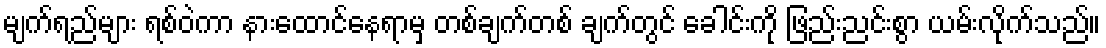
မျက်ရည်များ ရစ်ဝဲကာ နားထောင်နေရာမှ တစ်ချက်တစ် ချက်တွင် ခေါင်းကို ဖြည်းညင်းစွာ ယမ်းလိုက်သည်။